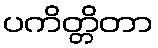
ပကိတ္တိတာ